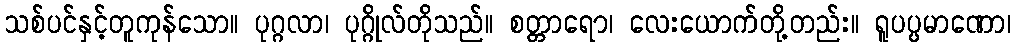
သစ်ပင်နှင့်တူကုန်သော။ ပုဂ္ဂလာ၊ ပုဂ္ဂိုလ်တိုသည်။ စတ္တာရော၊ လေးယောက်တို့တည်း။ ရူပပ္ပမာဏော၊